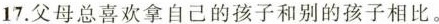
17.父母总喜欢拿自己的孩子和别的孩子相比.